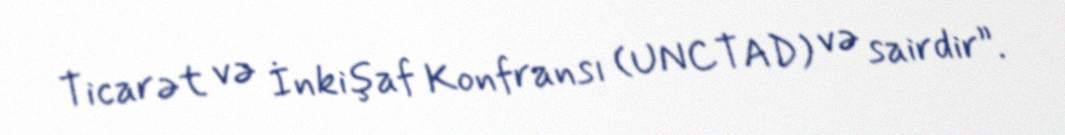
Ticarət və İnkişaf Konfransı (UNCTAD) və sairdir”.